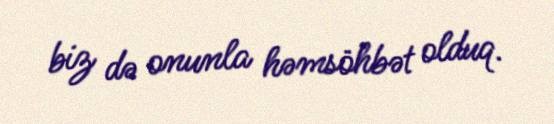
biz də onunla həmsöhbət olduq.